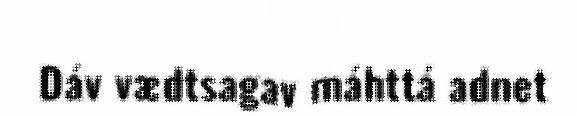
Dáv vædtsagav máhttá adnet